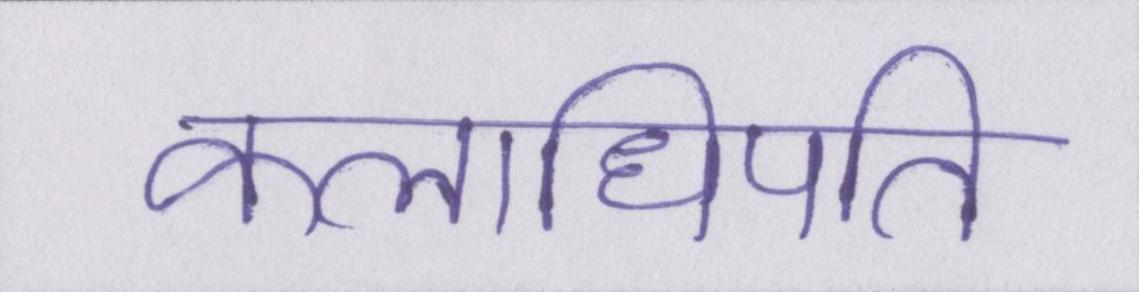
कलाधिपति